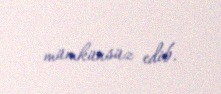
mümkünsüz edib.